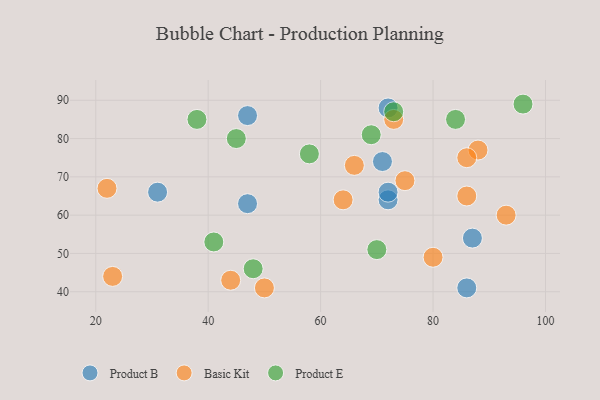
{"axis": {"x": "GDP", "y": "Life Expectancy"}, "legend": ["Basic Kit", "Product B", "Product E"], "data": [{"x": "72", "y": 64, "type": "Product B"}, {"x": "47", "y": 86, "type": "Product B"}, {"x": "31", "y": 66, "type": "Product B"}, {"x": "71", "y": 74, "type": "Product B"}, {"x": "72", "y": 66, "type": "Product B"}, {"x": "86", "y": 41, "type": "Product B"}, {"x": "72", "y": 88, "type": "Product B"}, {"x": "87", "y": 54, "type": "Product B"}, {"x": "47", "y": 63, "type": "Product B"}, {"x": "66", "y": 73, "type": "Basic Kit"}, {"x": "73", "y": 85, "type": "Basic Kit"}, {"x": "88", "y": 77, "type": "Basic Kit"}, {"x": "50", "y": 41, "type": "Basic Kit"}, {"x": "23", "y": 44, "type": "Basic Kit"}, {"x": "44", "y": 43, "type": "Basic Kit"}, {"x": "86", "y": 65, "type": "Basic Kit"}, {"x": "75", "y": 69, "type": "Basic Kit"}, {"x": "93", "y": 60, "type": "Basic Kit"}, {"x": "64", "y": 64, "type": "Basic Kit"}, {"x": "86", "y": 75, "type": "Basic Kit"}, {"x": "80", "y": 49, "type": "Basic Kit"}, {"x": "22", "y": 67, "type": "Basic Kit"}, {"x": "69", "y": 81, "type": "Product E"}, {"x": "73", "y": 87, "type": "Product E"}, {"x": "45", "y": 80, "type": "Product E"}, {"x": "41", "y": 53, "type": "Product E"}, {"x": "96", "y": 89, "type": "Product E"}, {"x": "70", "y": 51, "type": "Product E"}, {"x": "84", "y": 85, "type": "Product E"}, {"x": "48", "y": 46, "type": "Product E"}, {"x": "38", "y": 85, "type": "Product E"}, {"x": "58", "y": 76, "type": "Product E"}]}